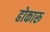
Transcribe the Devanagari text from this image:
ढोकारू